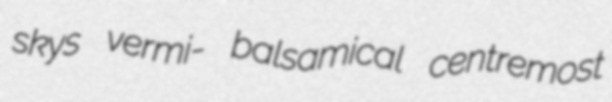
skys vermi- balsamical centremost